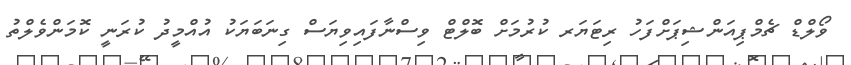
ވޯލްޑް ޗެމްޕިއަންޝިޕަށްފަހު ރިޓަޔަރ ކުރުމަށް ބޮލްޓް ވިސްނާފައިވިޔަސް ގިނަބަޔަކު އުއްމީދު ކުރަނީ ކޮމަންވެލްތު